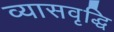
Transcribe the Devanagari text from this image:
व्यासवृद्धि